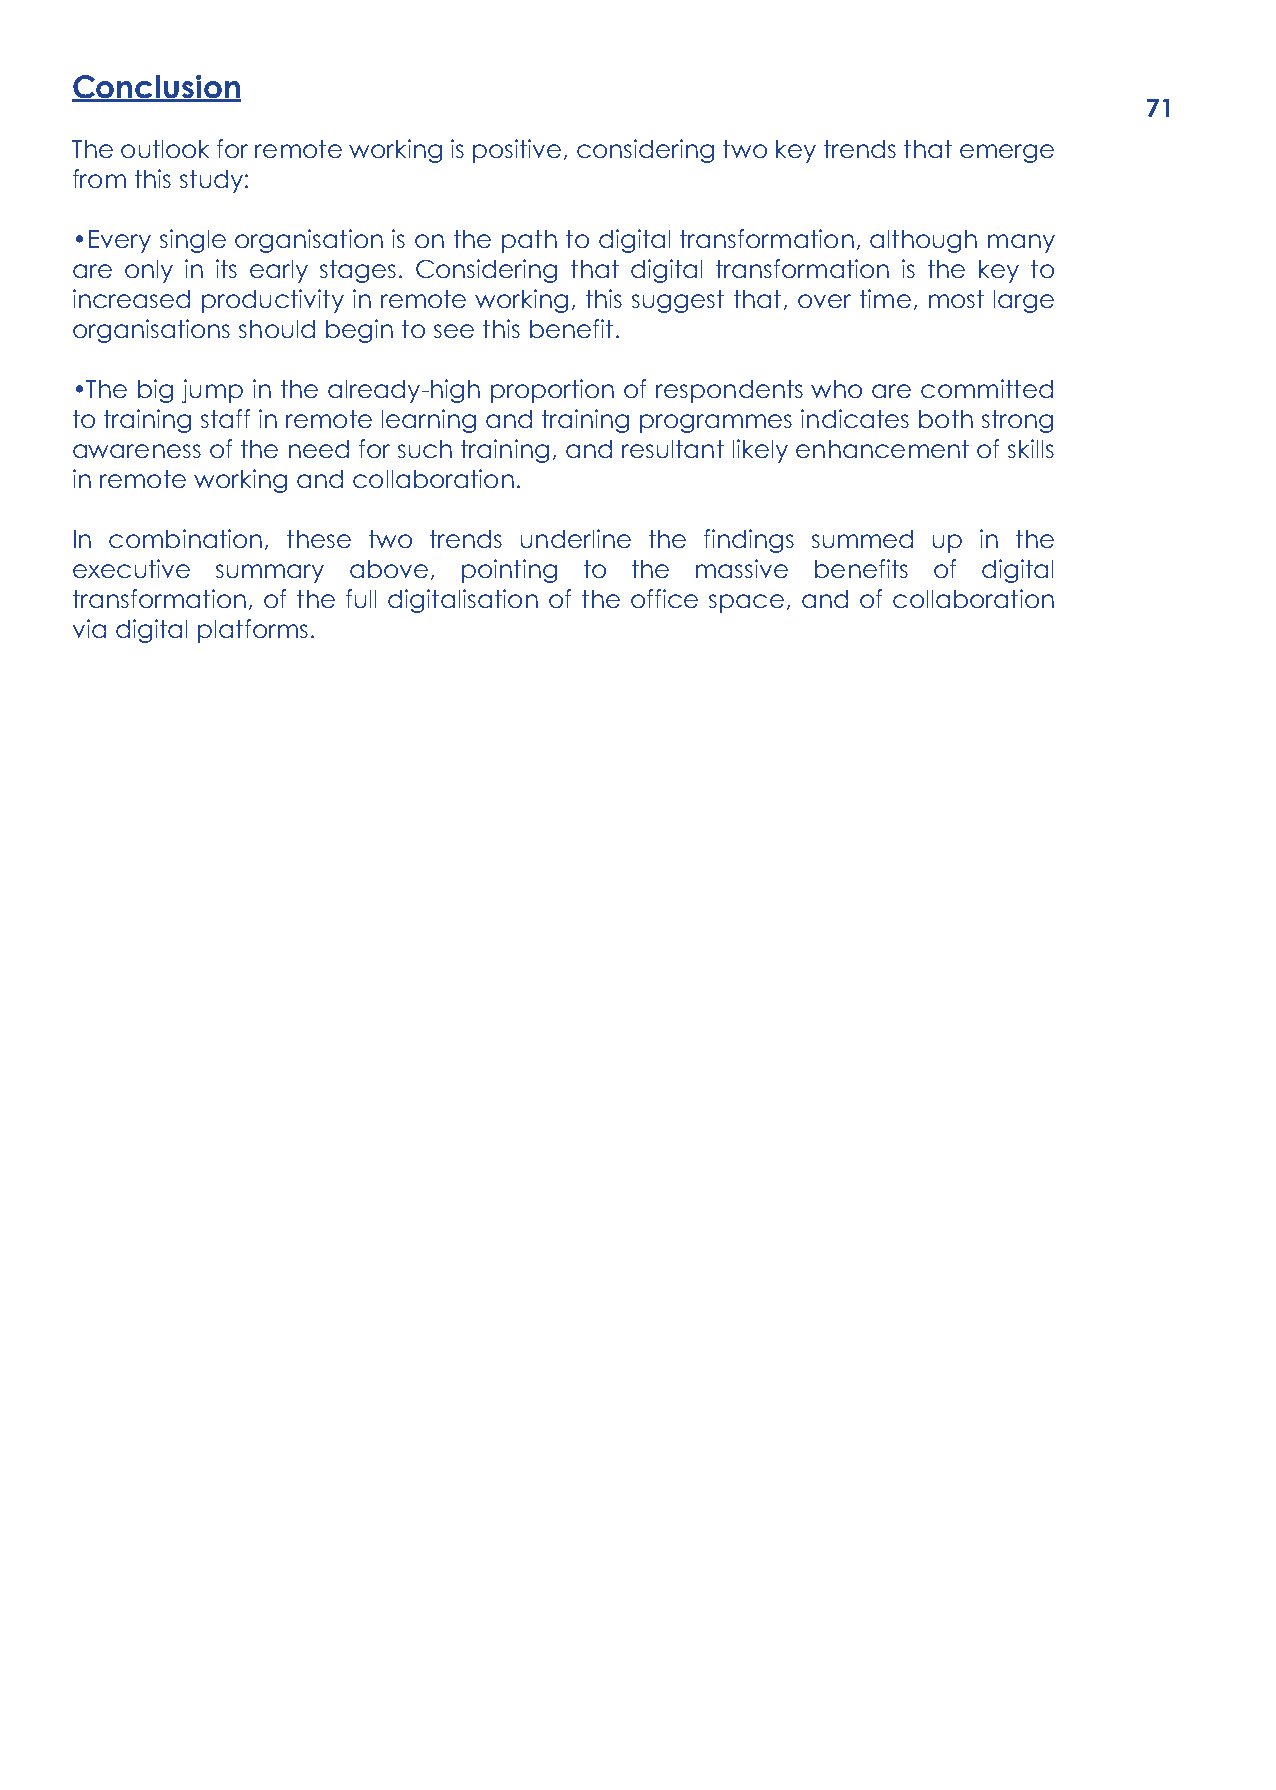
Conclusion
 71
 The outlook for remote working is positive, considering two key trends that emerge
 from this study:
 •Every single organisation is on the path to digital transformation, although many
 are only in its early stages. Considering that digital transformation is the key to
 increased productivity in remote working, this suggest that, over time, most large
 organisations should begin to see this benefit.
 •The big jump in the already-high proportion of respondents who are committed
 to training staff in remote learning and training programmes indicates both strong
 awareness of the need for such training, and resultant likely enhancement of skills
 in remote working and collaboration.
 In combination, these two trends underline the findings summed up in the
 executive summary above, pointing to the massive benefits of digital
 transformation, of the full digitalisation of the office space, and of collaboration
 via digital platforms.